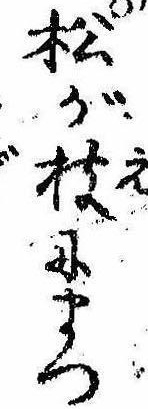
松が枝にまつ